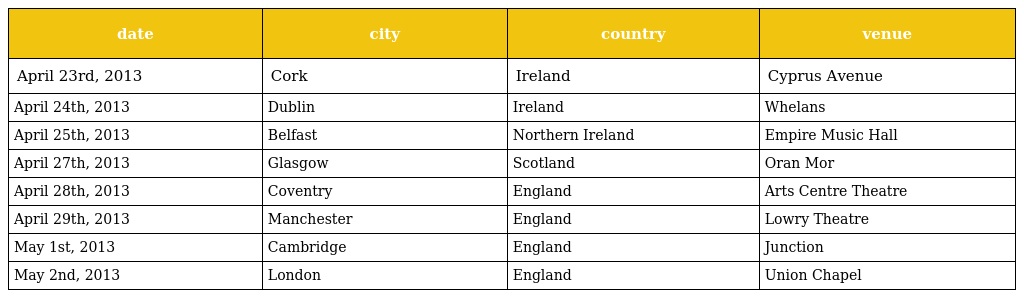
| date | city | country | venue |
 | --- | --- | --- | --- |
 | April 23rd, 2013 | Cork | Ireland | Cyprus Avenue |
 | April 24th, 2013 | Dublin | Ireland | Whelans |
 | April 25th, 2013 | Belfast | Northern Ireland | Empire Music Hall |
 | April 27th, 2013 | Glasgow | Scotland | Oran Mor |
 | April 28th, 2013 | Coventry | England | Arts Centre Theatre |
 | April 29th, 2013 | Manchester | England | Lowry Theatre |
 | May 1st, 2013 | Cambridge | England | Junction |
 | May 2nd, 2013 | London | England | Union Chapel |